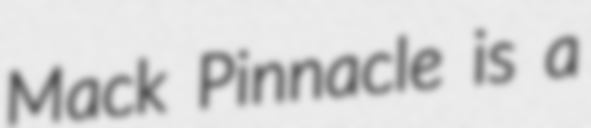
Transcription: Mack Pinnacle is a